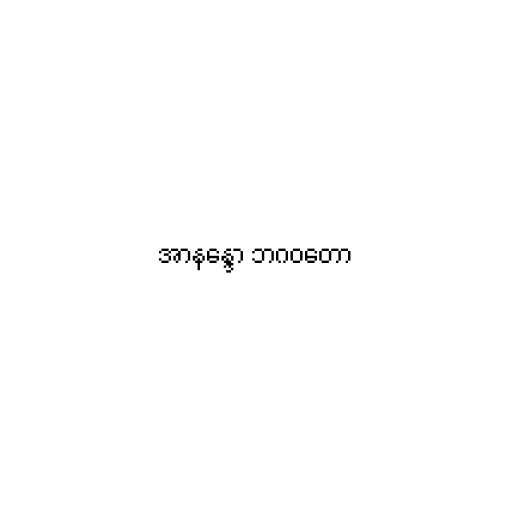
အာနန္ဒော ဘဂဝတော